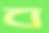
ব